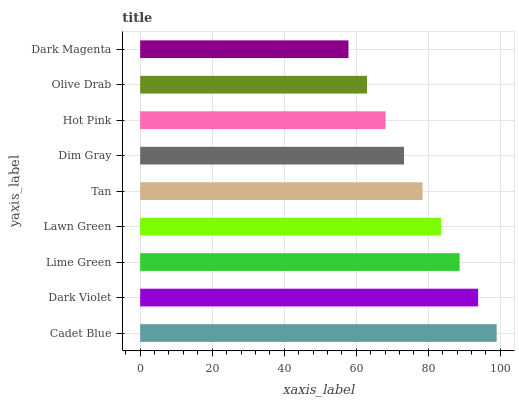
| yaxis_label | bars |
 | --- | --- |
 | Cadet Blue | 99 |
 | Dark Violet | 93.9 |
 | Lime Green | 88.7 |
 | Lawn Green | 83.6 |
 | Tan | 78.4 |
 | Dim Gray | 73.3 |
 | Hot Pink | 68.1 |
 | Olive Drab | 63 |
 | Dark Magenta | 57.8 |